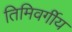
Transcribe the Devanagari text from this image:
तिमिवर्गीय